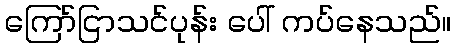
ကြော်ငြာသင်ပုန်း ပေါ် ကပ်နေသည်။